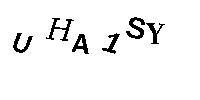
UHA1SY